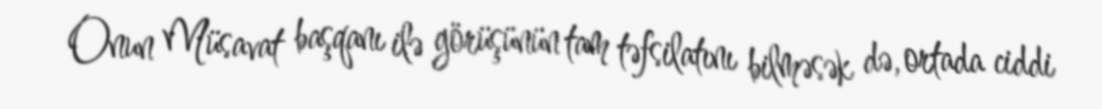
Onun Müsavat başqanı ilə görüşünün tam təfsilatını bilməsək də, ortada ciddi